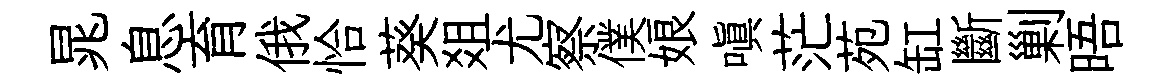
晁息育俄恰葵爼尤察僕娘嗔茫苑缸斷剿晤